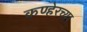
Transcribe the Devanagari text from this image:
कण्हेरच्या